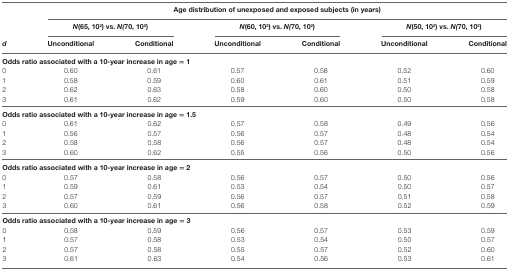
|  | <COLSPAN=6> Age distribution of unexposed and exposed subjects (in years) |
 |  | <COLSPAN=2> N(65, 102) vs. N(70, 102) | <COLSPAN=2> N(60, 102) vs. N(70, 102) | <COLSPAN=2> N(50, 102) vs. N(70, 102) |
 | d | Unconditional | Conditional | Unconditional | Conditional | Unconditional | Conditional |
 | --- | --- | --- | --- | --- | --- | --- |
 | <COLSPAN=7> Odds ratio associated with a 10-year increase in age = 1 |
 | 0 | 0.60 | 0.61 | 0.57 | 0.58 | 0.52 | 0.60 |
 | 1 | 0.58 | 0.59 | 0.60 | 0.61 | 0.51 | 0.59 |
 | 2 | 0.62 | 0.63 | 0.58 | 0.60 | 0.50 | 0.58 |
 | 3 | 0.61 | 0.62 | 0.59 | 0.60 | 0.50 | 0.58 |
 | <COLSPAN=7> Odds ratio associated with a 10-year increase in age = 1.5 |
 | 0 | 0.61 | 0.62 | 0.57 | 0.58 | 0.49 | 0.56 |
 | 1 | 0.56 | 0.57 | 0.56 | 0.57 | 0.48 | 0.54 |
 | 2 | 0.58 | 0.58 | 0.56 | 0.57 | 0.48 | 0.54 |
 | 3 | 0.60 | 0.62 | 0.55 | 0.56 | 0.50 | 0.56 |
 | <COLSPAN=7> Odds ratio associated with a 10-year increase in age = 2 |
 | 0 | 0.57 | 0.58 | 0.56 | 0.57 | 0.50 | 0.56 |
 | 1 | 0.59 | 0.61 | 0.53 | 0.54 | 0.50 | 0.57 |
 | 2 | 0.57 | 0.59 | 0.56 | 0.57 | 0.51 | 0.58 |
 | 3 | 0.60 | 0.61 | 0.56 | 0.58 | 0.52 | 0.59 |
 | <COLSPAN=7> Odds ratio associated with a 10-year increase in age = 3 |
 | 0 | 0.58 | 0.59 | 0.56 | 0.57 | 0.53 | 0.59 |
 | 1 | 0.57 | 0.58 | 0.53 | 0.54 | 0.50 | 0.57 |
 | 2 | 0.57 | 0.58 | 0.55 | 0.57 | 0.52 | 0.60 |
 | 3 | 0.61 | 0.63 | 0.54 | 0.56 | 0.53 | 0.61 |